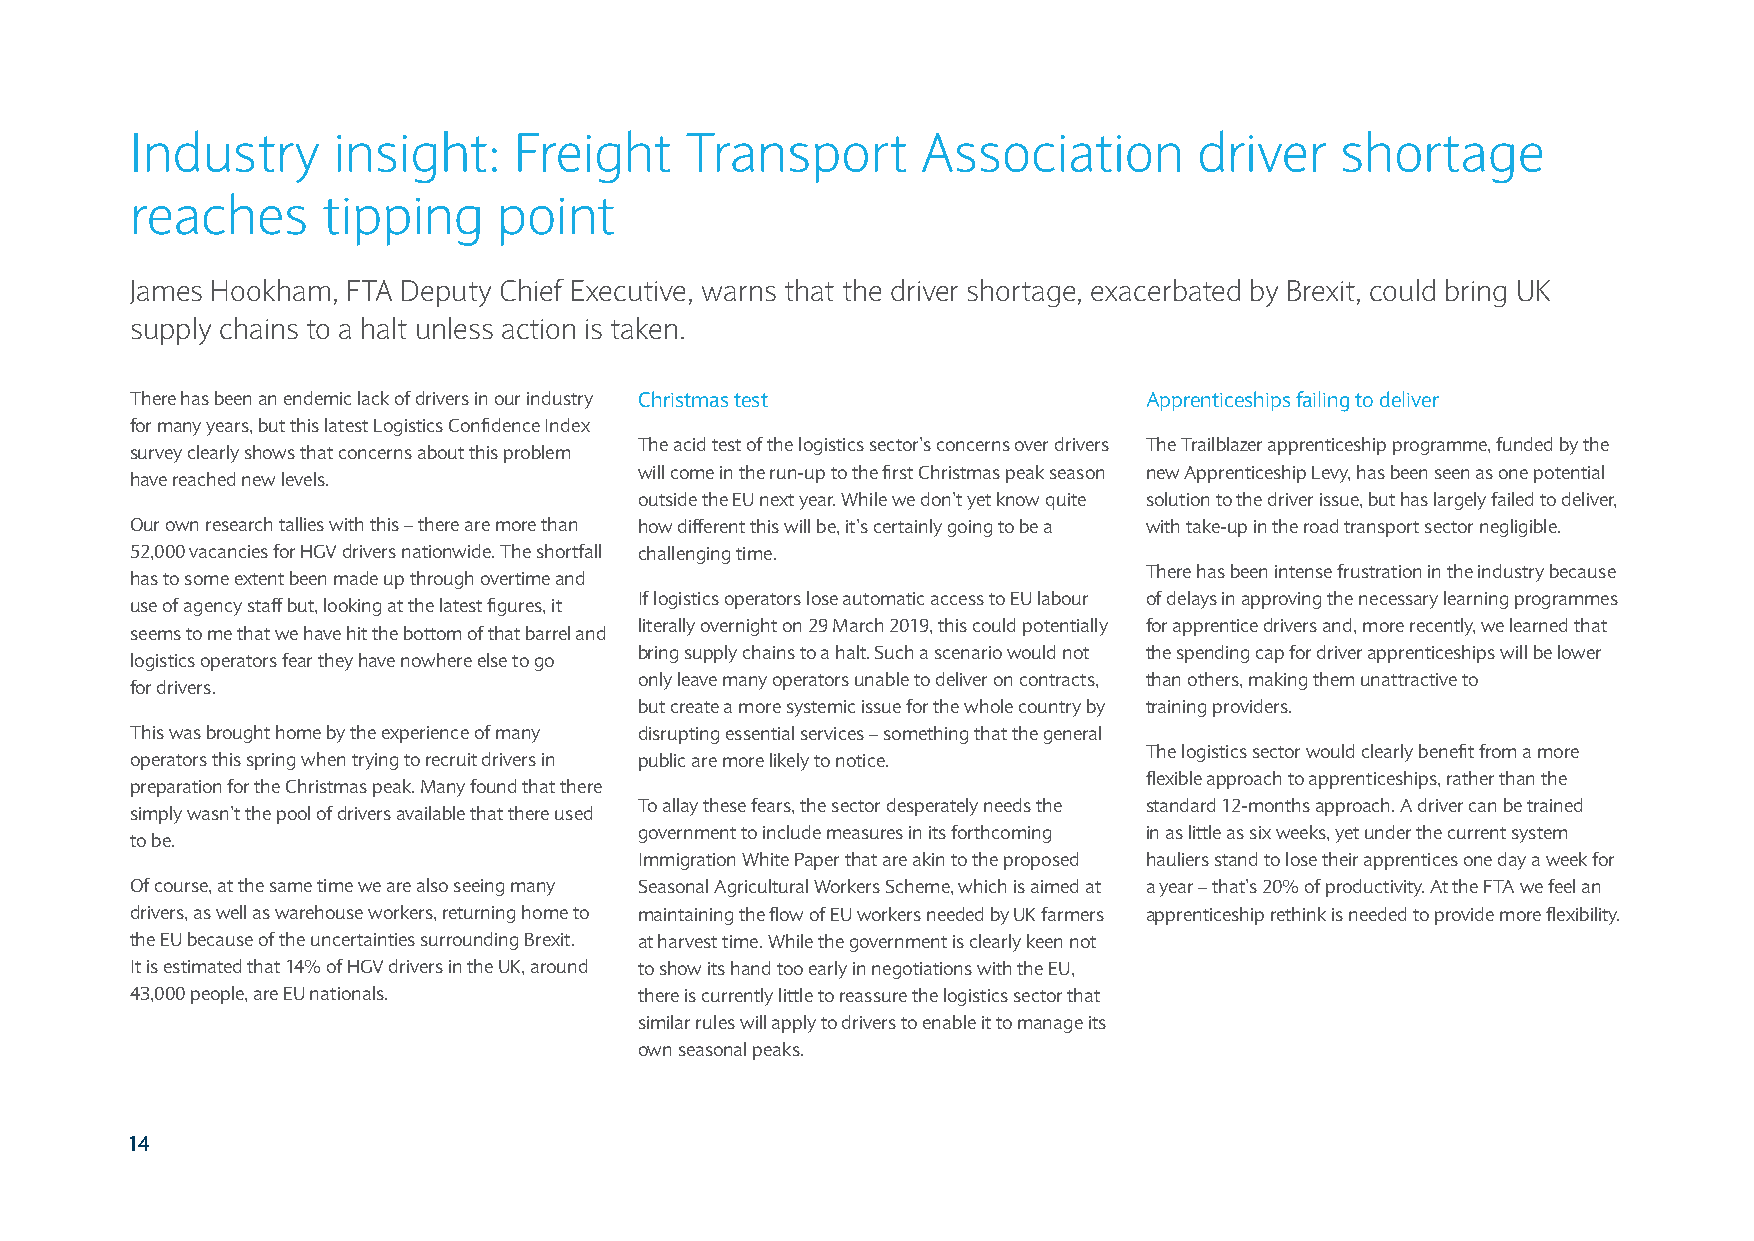
Industry     insight:    Freight    Transport       Association       driver    shortage
 reaches     tipping     point
 James Hookham, FTA Deputy Chief Executive, warns that the driver shortage, exacerbated by Brexit, could bring UK
 supply chains to a halt unless action is taken.
 There has been an endemic lack of drivers in our industry Christmas test Apprenticeships failing to deliver
 for many years, but this latest Logistics Confidence Index
 The acid test of the logistics sector’s concerns over drivers The Trailblazer apprenticeship programme, funded by the
 survey clearly shows that concerns about this problem
 will come in the run-up to the first Christmas peak season new Apprenticeship Levy, has been seen as one potential
 have reached new levels.
 outside the EU next year. While we don’t yet know quite solution to the driver issue, but has largely failed to deliver,
 Our own research tallies with this – there are more than how different this will be, it’s certainly going to be a with take-up in the road transport sector negligible.
 52,000 vacancies for HGV drivers nationwide. The shortfall challenging time.
 There has been intense frustration in the industry because
 has to some extent been made up through overtime and
 If logistics operators lose automatic access to EU labour of delays in approving the necessary learning programmes
 use of agency staff but, looking at the latest figures, it
 literally overnight on 29 March 2019, this could potentially for apprentice drivers and, more recently, we learned that
 seems to me that we have hit the bottom of that barrel and
 bring supply chains to a halt. Such a scenario would not the spending cap for driver apprenticeships will be lower
 logistics operators fear they have nowhere else to go
 only leave many operators unable to deliver on contracts, than others, making them unattractive to
 for drivers.
 but create a more systemic issue for the whole country by training providers.
 This was brought home by the experience of many disrupting essential services – something that the general
 The logistics sector would clearly benefit from a more
 operators this spring when trying to recruit drivers in public are more likely to notice.
 flexible approach to apprenticeships, rather than the
 preparation for the Christmas peak. Many found that there
 To allay these fears, the sector desperately needs the standard 12-months approach. A driver can be trained
 simply wasn’t the pool of drivers available that there used
 government to include measures in its forthcoming in as little as six weeks, yet under the current system
 to be.
 Immigration White Paper that are akin to the proposed hauliers stand to lose their apprentices one day a week for
 Of course, at the same time we are also seeing many Seasonal Agricultural Workers Scheme, which is aimed at a year – that’s 20% of productivity. At the FTA we feel an
 drivers, as well as warehouse workers, returning home to maintaining the flow of EU workers needed by UK farmers apprenticeship rethink is needed to provide more flexibility.
 the EU because of the uncertainties surrounding Brexit. at harvest time. While the government is clearly keen not
 It is estimated that 14% of HGV drivers in the UK, around to show its hand too early in negotiations with the EU,
 43,000 people, are EU nationals. there is currently little to reassure the logistics sector that
 similar rules will apply to drivers to enable it to manage its
 own seasonal peaks.
 14